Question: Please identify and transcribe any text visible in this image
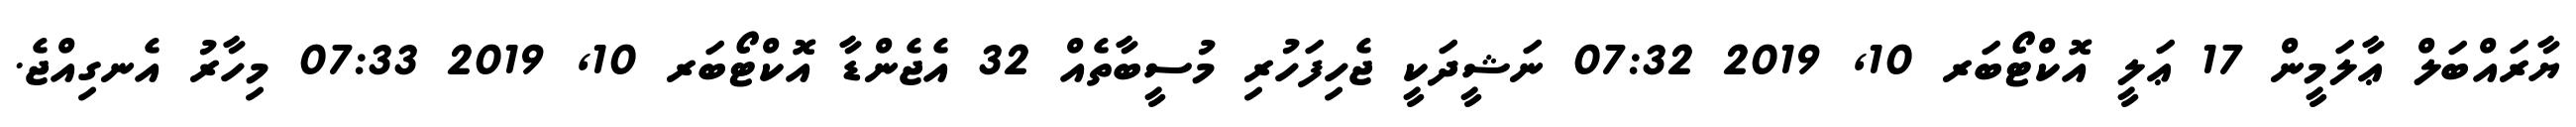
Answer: ޔާރައްބަލް ޢާލަމީން 17 ޢަލީ އޮކްޓޯބަރ 10, 2019 07:32 ނަޝީދަކީ ޖެހިފަހުރި މުސީބާތެއް 32 އެޖެންޑާ އޮކްޓޯބަރ 10, 2019 07:33 މިހާރު އެނގިއްޖެ.